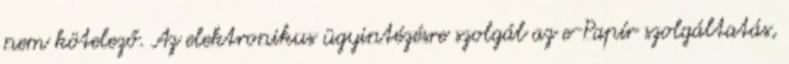
nem kötelező. Az elektronikus ügyintézésre szolgál az e-Papír szolgáltatás,